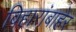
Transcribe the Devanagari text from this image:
विहारांबाहेर